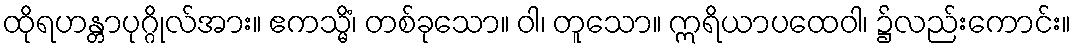
ထိုရဟန္တာပုဂ္ဂိုလ်အား။ ဧကသ္မိံ၊ တစ်ခုသော။ ဝါ၊ တူသော။ ဣရိယာပထေဝါ၊ ၌လည်းကောင်း။